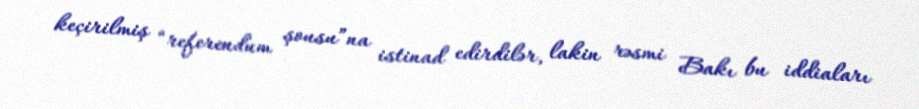
keçirilmiş “referendum şousu”na istinad edirdilər, lakin rəsmi Bakı bu iddiaları